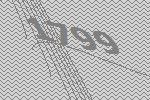
1799